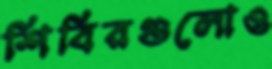
শিবিরগুলোও